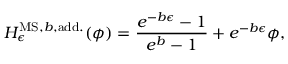
H _ { \epsilon } ^ { \mathrm { M S , } b \mathrm { , a d d . } } ( \phi ) = \frac { e ^ { - b \epsilon } - 1 } { e ^ { b } - 1 } + e ^ { - b \epsilon } \phi ,